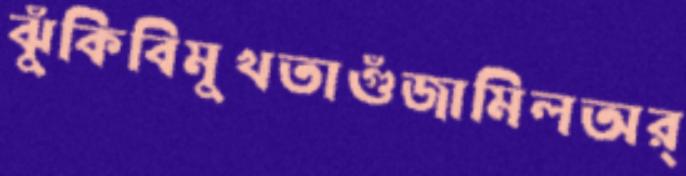
ঝুঁকিবিমুখতাগুঁজামিলঅর্